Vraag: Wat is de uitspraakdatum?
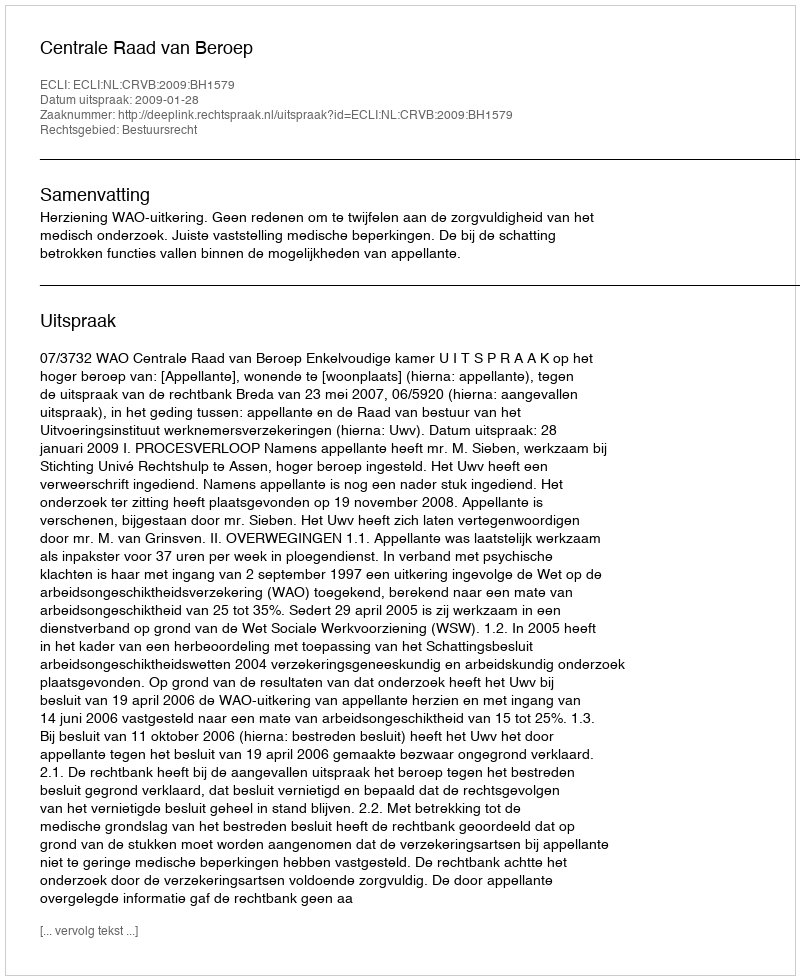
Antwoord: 2009-01-28